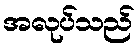
အလုပ်သည်